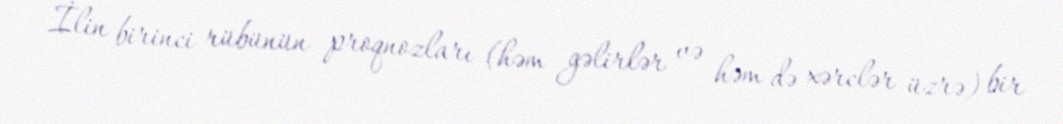
İlin birinci rübünün proqnozları (həm gəlirlər və həm də xərclər üzrə) bir